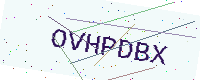
Text: OVHPDBX